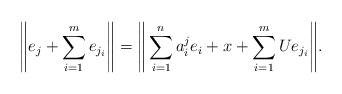
\begin{align*} \Bigg\|e_j + \sum_{i=1}^{m} e_{j_i}\Bigg\| = \Bigg\|\sum_{i=1}^n a^j_i e_i + x + \sum_{i=1}^{m} U e_{j_i}\Bigg\|.\end{align*}